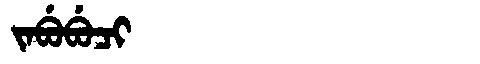
Manchu: ᠵᠠᠪᡠᠪᡠᠴᡳ
Romanization: JABUBUCI